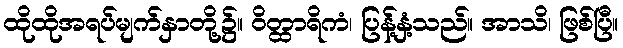
ထိုထိုအရပ်မျက်နှာတို့၌။ ဝိတ္ထာရိကံ၊ ပြန့်နှံ့သည်။ အာသိ၊ ဖြစ်ပြီ။